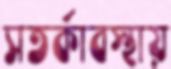
সতর্কাবস্থায়